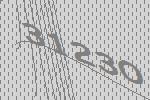
31230